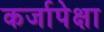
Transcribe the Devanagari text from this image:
कर्जापेक्षा